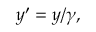
y ^ { \prime } = y / \gamma ,